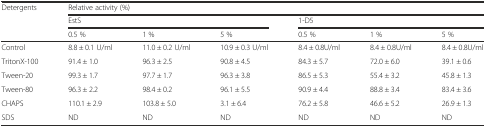
<table><thead><tr><td rowspan="3"><b>Detergents</b></td><td colspan="6"><b>Relative activity (%)</b></td></tr><tr><td colspan="3"><b>EstS</b></td><td colspan="3"><b>1-D5</b></td></tr><tr><td><b>0.5 %</b></td><td><b>1 %</b></td><td><b>5 %</b></td><td><b>0.5 %</b></td><td><b>1 %</b></td><td><b>5 %</b></td></tr></thead><tbody><tr><td>Control</td><td>8.8 ± 0.1 U/ml</td><td>11.0 ± 0.2 U/ml</td><td>10.9 ± 0.3 U/ml</td><td>8.4 ± 0.8U/ml</td><td>8.4 ± 0.8U/ml</td><td>8.4 ± 0.8U/ml</td></tr><tr><td>TritonX-100</td><td>91.4 ± 1.0</td><td>96.3 ± 2.5</td><td>90.8 ± 4.5</td><td>84.3 ± 5.7</td><td>72.0 ± 6.0</td><td>39.1 ± 0.6</td></tr><tr><td>Tween-20</td><td>99.3 ± 1.7</td><td>97.7 ± 1.7</td><td>96.3 ± 3.8</td><td>86.5 ± 5.3</td><td>55.4 ± 3.2</td><td>45.8 ± 1.3</td></tr><tr><td>Tween-80</td><td>96.3 ± 2.2</td><td>98.4 ± 0.2</td><td>96.1 ± 5.5</td><td>90.9 ± 4.4</td><td>88.8 ± 3.4</td><td>83.4 ± 3.6</td></tr><tr><td>CHAPS</td><td>110.1 ± 2.9</td><td>103.8 ± 5.0</td><td>3.1 ± 6.4</td><td>76.2 ± 5.8</td><td>46.6 ± 5.2</td><td>26.9 ± 1.3</td></tr><tr><td>SDS</td><td>ND</td><td>ND</td><td>ND</td><td>ND</td><td>ND</td><td>ND</td></tr></tbody></table>